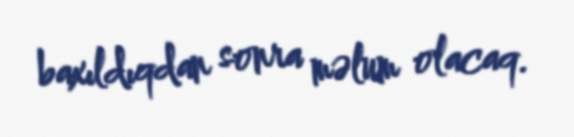
baxıldıqdan sonra məlum olacaq.